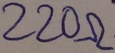
Text: 220Ω